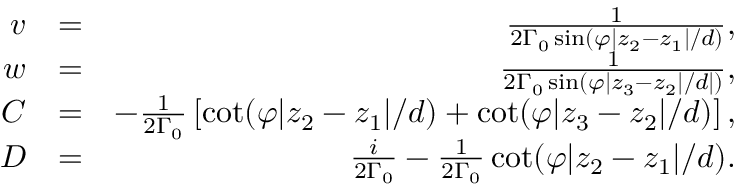
\begin{array} { r l r } { v } & { = } & { \frac { 1 } { 2 \Gamma _ { 0 } \sin ( \varphi | z _ { 2 } - z _ { 1 } | / d ) } , } \\ { w } & { = } & { \frac { 1 } { 2 \Gamma _ { 0 } \sin ( \varphi | z _ { 3 } - z _ { 2 } | / d | ) } , } \\ { C } & { = } & { - \frac { 1 } { 2 \Gamma _ { 0 } } \left[ \cot ( \varphi | z _ { 2 } - z _ { 1 } | / d ) + \cot ( \varphi | z _ { 3 } - z _ { 2 } | / d ) \right] , } \\ { D } & { = } & { \frac { i } { 2 \Gamma _ { 0 } } - \frac { 1 } { 2 \Gamma _ { 0 } } \cot ( \varphi | z _ { 2 } - z _ { 1 } | / d ) . } \end{array}